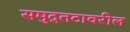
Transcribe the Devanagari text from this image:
समुद्रतटावरील